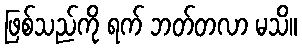
ဖြစ်သည်ကို ရက် ဘတ်တလာ မသိ။